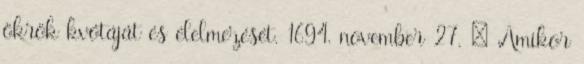
ökrök kvótáját és élelmezését. 1694. november 27. – Amikor